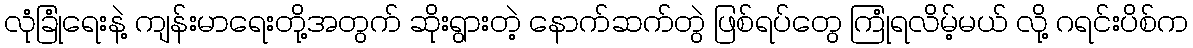
လုံခြုံရေးနဲ့ ကျန်းမာရေးတို့အတွက် ဆိုးရွားတဲ့ နောက်ဆက်တွဲ ဖြစ်ရပ်တွေ ကြုံရလိမ့်မယ် လို့ ဂရင်းပိစ်က